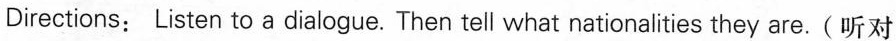
Directions: Listen to a dialogue. Then tell what nationalities they are.(听对